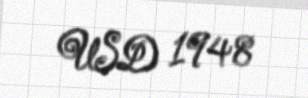
USD 1948